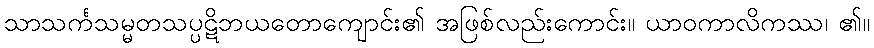
သာသင်္ကသမ္မတသပ္ပဋိဘယတောကျောင်း၏ အဖြစ်လည်းကောင်း။ ယာဝကာလိကဿ၊ ၏။